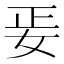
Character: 𡛵